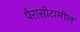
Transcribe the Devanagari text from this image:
पैरासीटामोल